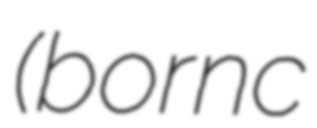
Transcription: (born c